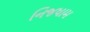
નિજધામ